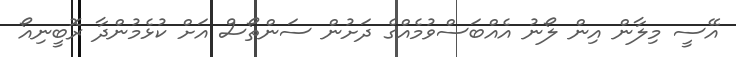
އޭސީ މިލާން އިން ލޯނު އެއްބަސްވުމެއްގެ ދަށުން ސަންތޯސް އަށް ކުޅެމުންދާ ރޮބީނިއޯ